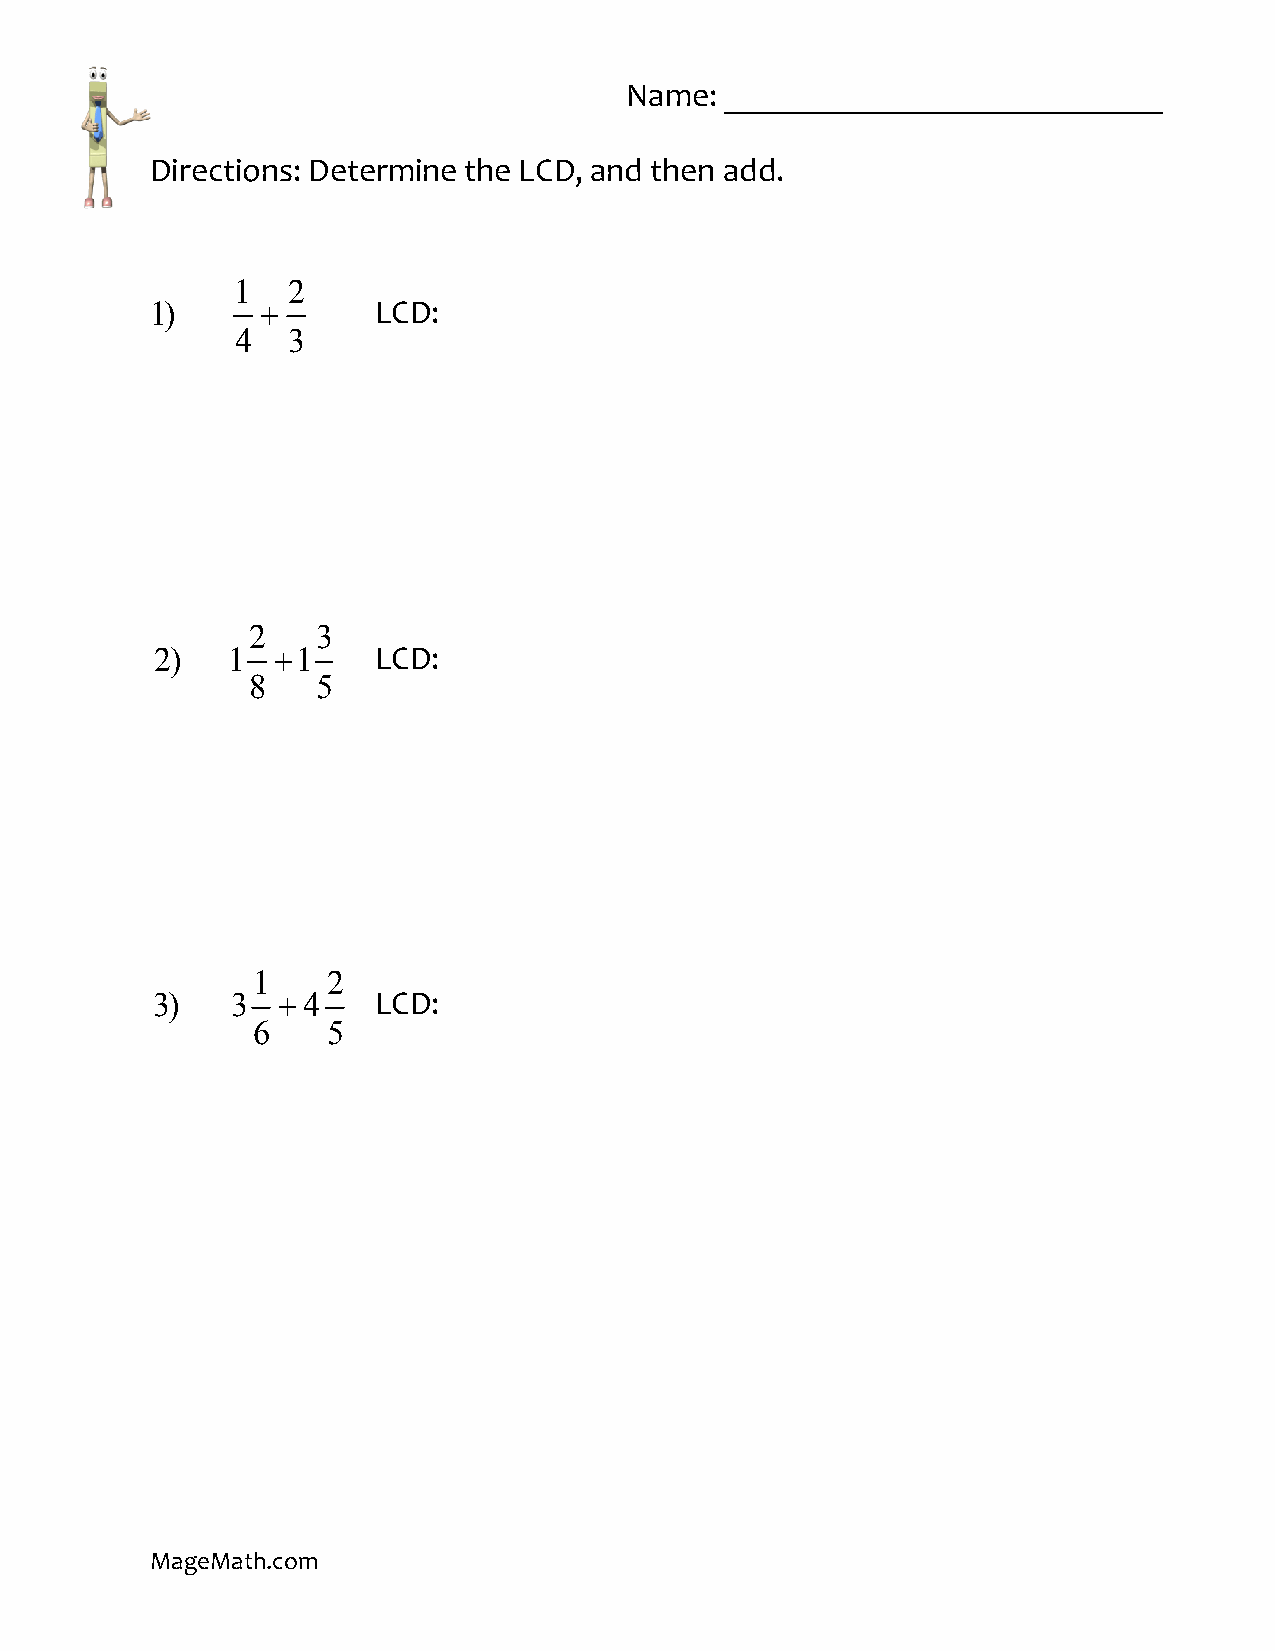
Name:  __________________________
 Directions: Determine the LCD, and then add.
 1  2
 1)     +       LCD:
 4  3
 2    3
 2)   1  +1     LCD:
 8    5
 1    2
 3)   3  +4     LCD:
 6    5
 MageMath.com